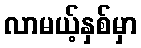
လာမယ့်နှစ်မှာ